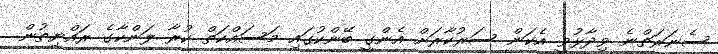
ސެނަރަތްނެ ވިދާޅުވީ އެކަން ސަރުކާރަށް އެންގީ ބޭންކުގައި މަސައްކަތް ކުރާ ލަންކާގެ ރައްޔިތުން